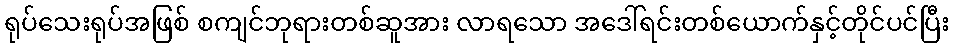
ရုပ်သေးရုပ်အဖြစ် စကျင်ဘုရားတစ်ဆူအား လာရသော အဒေါ်ရင်းတစ်ယောက်နှင့်တိုင်ပင်ပြီး